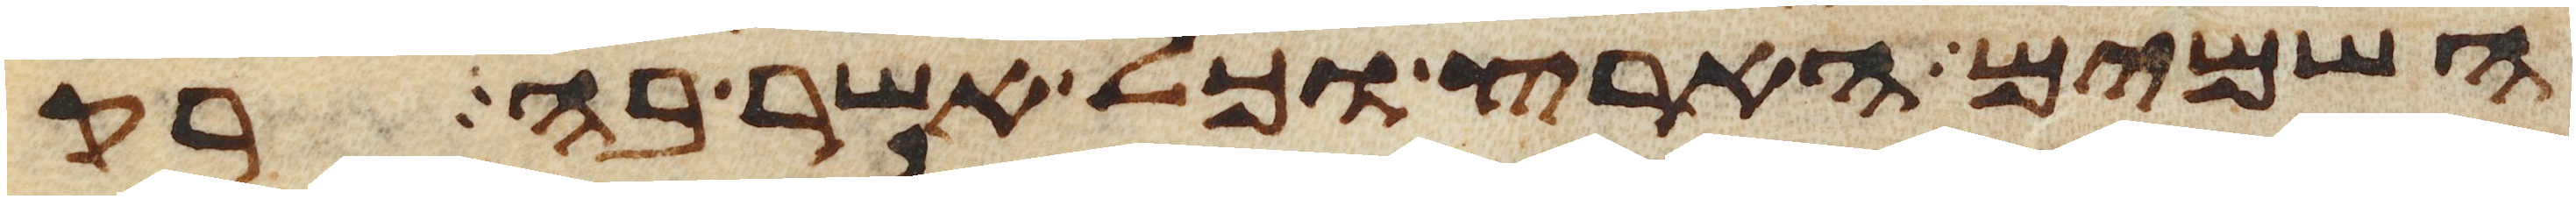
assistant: השמים הארץ וכל אשר בה רק